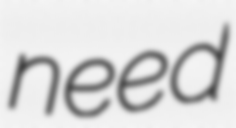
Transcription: need